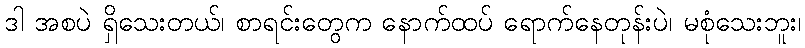
ဒါ အစပဲ ရှိသေးတယ်၊ စာရင်းတွေက နောက်ထပ် ရောက်နေတုန်းပဲ၊ မစုံသေးဘူး၊